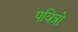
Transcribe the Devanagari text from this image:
पवित्रो